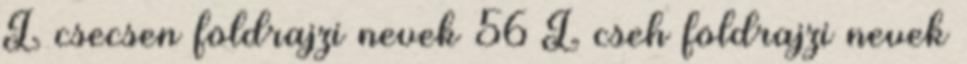
L csecsen földrajzi nevek‎ 56 L cseh földrajzi nevek‎